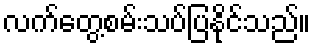
လက်တွေ့စမ်းသပ်ပြနိုင်သည်။